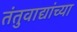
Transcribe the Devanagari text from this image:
तंतुवाद्यांच्या